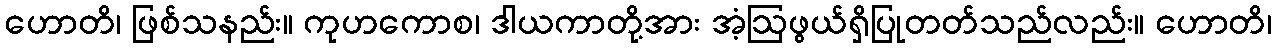
ဟောတိ၊ ဖြစ်သနည်း။ ကုဟကောစ၊ ဒါယကာတို့အား အံ့ဩဖွယ်ရှိပြုတတ်သည်လည်း။ ဟောတိ၊